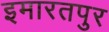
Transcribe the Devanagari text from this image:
इमारतपुर